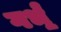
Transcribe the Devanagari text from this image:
गर्भं॒